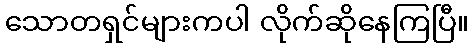
သောတရှင်များကပါ လိုက်ဆိုနေကြပြီ။